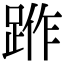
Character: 𨁔